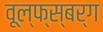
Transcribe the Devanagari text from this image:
वूल्फ्स्बर्ग